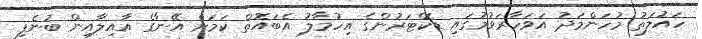
ހައުލަތު މުހަންމަދު އަވަހާރަވުމުގައި ޑޮކްޓަރުންގެ އިހުމާލު އެބައޮތް ކަމަށް އޭނާގެ އާއިލާއިން ބުނެފި